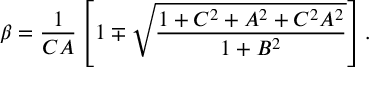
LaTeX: \beta = { \frac { 1 } { C A } } \left[ 1 \mp \sqrt { \frac { 1 + C ^ { 2 } + A ^ { 2 } + C ^ { 2 } A ^ { 2 } } { 1 + B ^ { 2 } } } \right] .